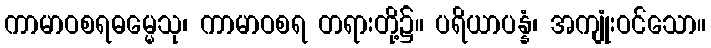
ကာမာဝစရဓမ္မေသု၊ ကာမာဝစရ တရားတို့၌။ ပရိယာပန္နံ၊ အကျုံးဝင်သော။